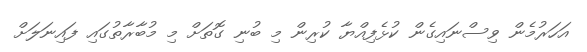
އަހަރުމެން ވިސްނައިގެން ކުޅެފިއްޔާ ކުރިން މި ބުނި ގޮތަށް މި މުބާރާތުގައި ފައިނަލަށް